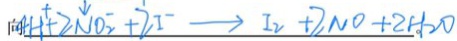
4 H ^ { + } + 2 \downarrow N O ^ { - } _ { 2 } + 2 I ^ { - } \rightarrow I _ { 2 } + 2 N O + 2 H _ { 2 } O